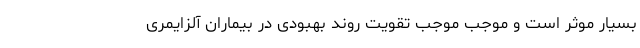
بسیار موثر است و موجب موجب تقویت روند بهبودی در بیماران آلزایمری